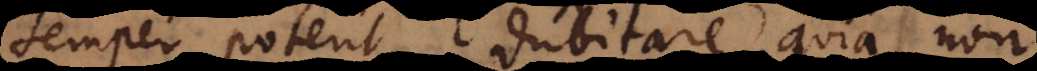
semper poterit dubitare, quia non